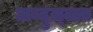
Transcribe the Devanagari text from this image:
अब्दुल्ल्ला